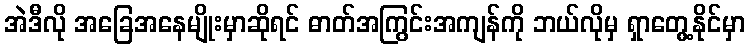
အဲဒီလို အခြေအနေမျိုးမှာဆိုရင် ဓာတ်အကြွင်းအကျန်ကို ဘယ်လိုမှ ရှာတွေ့နိုင်မှာ